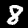
Label: 8